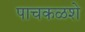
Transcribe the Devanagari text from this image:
पाचकळशे